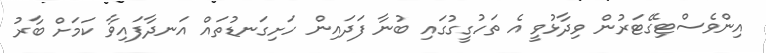
އިންވެސްޓިގޭޓަރުން ވިދާޅުވީ އެ ތަހުގީގުގައި ބުނާ ފަދައިން ހަށިގަނޑުތައް އަނދާފައިވާ ކަމަށް ބާރު